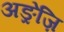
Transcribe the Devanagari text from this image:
अङ्रेज़ि